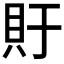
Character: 𫎏